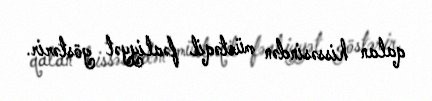
qalan hissəsindən müstəqil fəaliyyət göstərir.